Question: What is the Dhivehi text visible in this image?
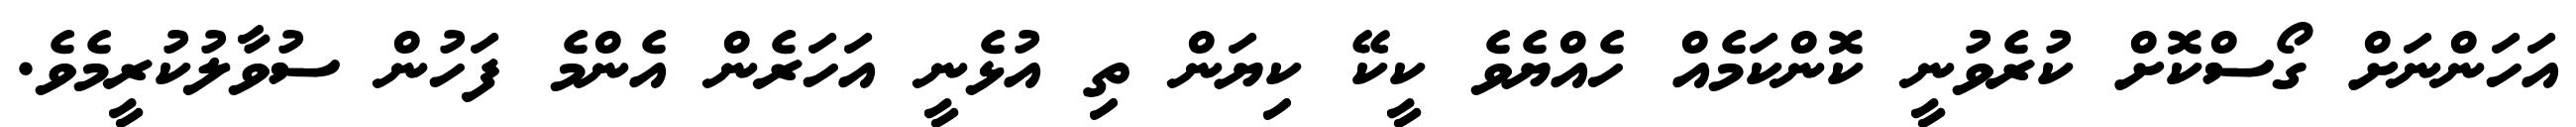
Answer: އަހަންނަށް ގޯސްކޮށް ކުރެވުނީ ކޮންކަމެއް ހެއްޔެވެ ކީކޭ ކިޔަން ތި އުޅެނީ އަހަރެން އެންމެ ފަހުން ސުވާލުކުރީމެވެ.